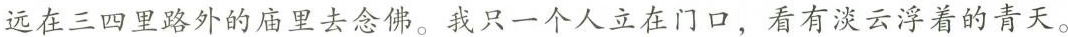
远在三四里路外的庙里去念佛。翠花在灶下收拾早餐的碗筷，我只一个人立在门口，看有淡云浮着的青天。